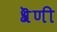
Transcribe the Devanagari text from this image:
श्रॆणी